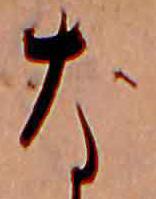
な